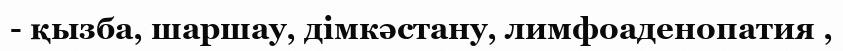
- қызба, шаршау, дімкәстану, лимфоаденопатия ,